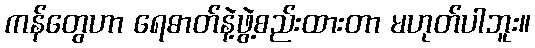
ကန်တွေဟာ ရေဓာတ်နဲ့ဖွဲ့စည်းထားတာ မဟုတ်ပါဘူး။